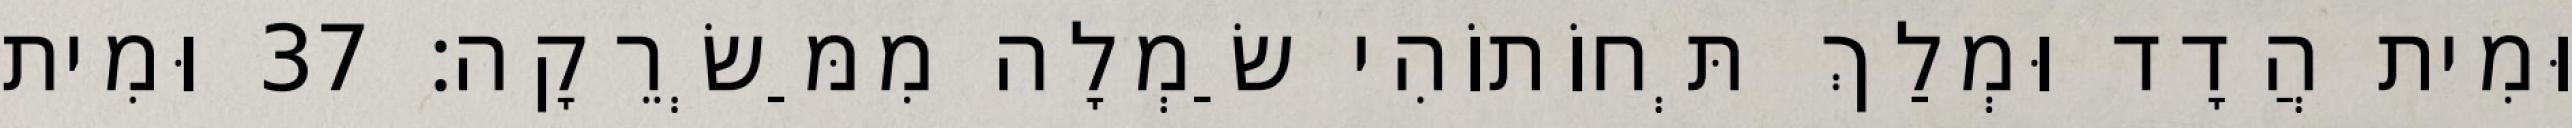
וּמִית הֲדָד וּמְלַךְ תְּחוֹתוֹהִי שַׂמְלָה מִמַּשְׂרֵקָה׃ 37 וּמִית